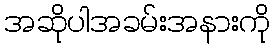
အဆိုပါအခမ်းအနားကို